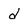
Character: d